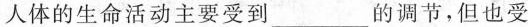
人体的生命活动主要受到___的调节，但也受